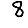
Digit: 8